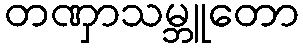
တဏှာသမ္ဘူတော